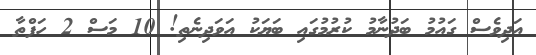
އަދިވެސް ގައުމު ބަދުނާމު ކުރުމުގައި ބަޔަކު އަވަދިނެތި! 10 މަސް 2 ހަފްތާ